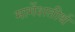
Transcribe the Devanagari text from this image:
मार्गेशतीर्थ